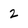
Character: 2